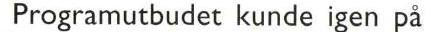
Programutbudet kunde igen på